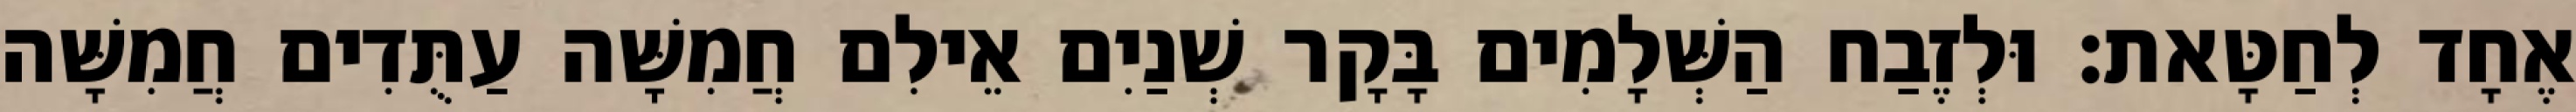
אֶחָד לְחַטָּאת׃ וּלְזֶבַח הַשְּׁלָמִים בָּקָר שְׁנַיִם אֵילִם חֲמִשָּׁה עַתֻּדִים חֲמִשָּׁה